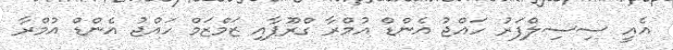
އެއީ ސިސިލްފަރު ހައްޖު އެންޑް އުމްރާ ގްރޫޕާއި ޒަމްޒަމް ހައްޖު އެންޑް އުމްރާ